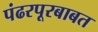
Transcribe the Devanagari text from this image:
पंढरपूरबाबत